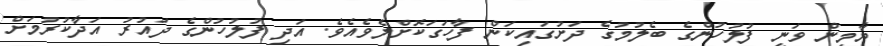
ޔާމީން ވަނީ ފުލުހުންގެ ބެލުމުގެ ދަށުގައިކަން ފާހަަގަކޮށްލެވެއެވެ. އަދި ފުލުހުންގެ ދައުރު އަދާކުރުމަށް